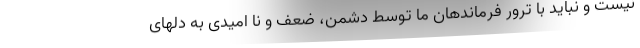
نیست و نباید با ترور فرماندهان ما توسط دشمن، ضعف و نا امیدی به دلهای